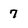
Character: 7